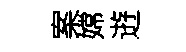
案嫦逰